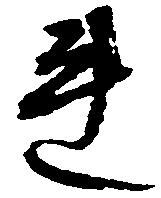
連